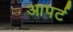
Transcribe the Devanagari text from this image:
आपर्ट